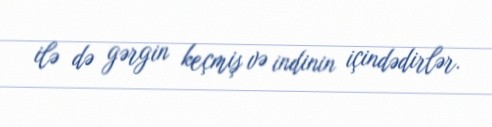
ilə də gərgin keçmiş və indinin içindədirlər.